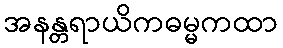
အနန္တရာယိကဓမ္မကထာ